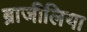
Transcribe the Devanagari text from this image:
ब्राजीलिया